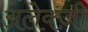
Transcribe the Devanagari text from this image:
अलेक्ज़ी